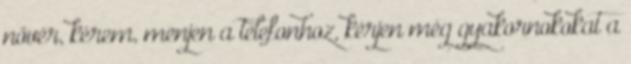
nővér, kérem, menjen a telefonhoz, kérjen még gyakornokokat a